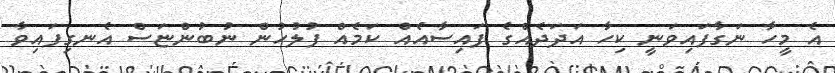
އެ މީހާ ނަގާފައިވަނީ ކިހާ އަދަދެއްގެ ފައިސާއެއް ކަމެއް ފުލުހުން ނުބުންޏަސް އެނގިފައިވާ